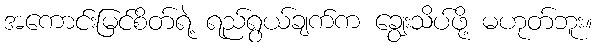
အကောင်းမြင်စိတ်ရဲ့ ရည်ရွယ်ချက်က ချွေးသိပ်ဖို့ မဟုတ်ဘူး။